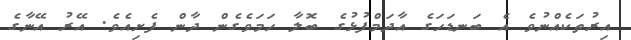
އިރުތަކެއްނުވެ އެ ބަނޑަހަގެ އާދަމްފުޅުގެ ބޮލާ ހަމަވެގެން ދާން ފެށިއެވެ. އޭރު އޭނާގެ